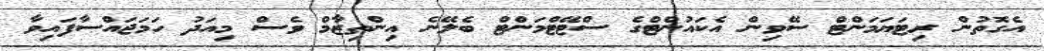
އެގޮތުން ރިޓަޔަމަންޓް ސޭވިން އެކައުންޓްގެ ސްޓޭޓްމަންޓް ބެލޭނެ އިންތިޒާމް ވެސް މިއަދު ހަމަޖައްސާފައިވާ